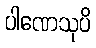
ပါဏေသုပိ